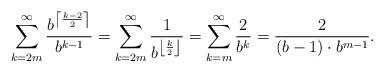
LaTeX: \begin{align*}\sum_{k=2m}^\infty \frac{b^{\left\lceil \frac{k-2}{2}\right\rceil}}{b^{k-1}} = \sum_{k=2m}^\infty \frac{1}{b^{\left\lfloor \frac{k}{2}\right\rfloor}} = \sum_{k=m}^\infty \frac{2}{b^k} = \frac{2}{(b-1)\cdot b^{m-1}}.\end{align*}